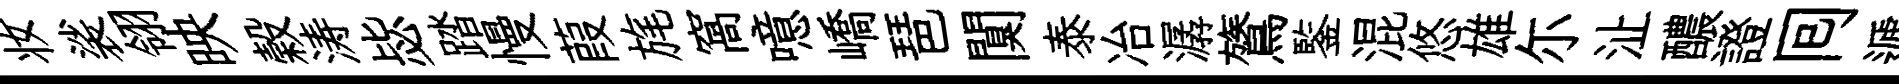
妆裟翎映榖涛毖踏慢葭旄窩噫嶠琶闃泰冶潺鷟鍳混悠雄尓沚醲證囘遞